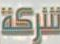
شركة